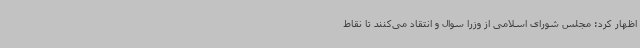
اظهار کرد: مجلس شورای اسلامی از وزرا سوال و انتقاد می‌کنند تا نقاط